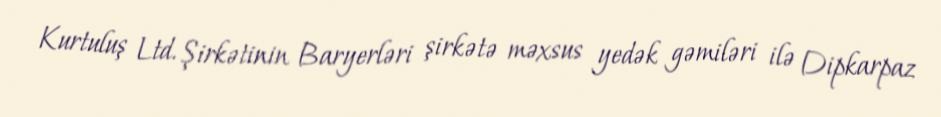
Kurtuluş Ltd. Şirkətinin Baryerləri şirkətə məxsus yedək gəmiləri ilə Dipkarpaz